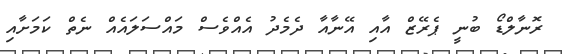
ރޮނާލްޑޯ ބުނީ ޕެރޭޒް އާއި އޭނާއާ ދެމެދު އެއްވެސް މައްސަލައެއް ނެތް ކަމަށާއި